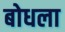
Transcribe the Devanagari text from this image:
बोधला